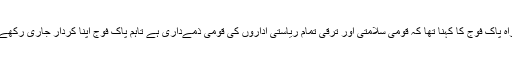
سربراہ پاک فوج کا کہنا تھا کہ قومی سلامتی اور ترقی تمام ریاستی اداروں کی قومی ذمےداری ہے تاہم پاک فوج اپنا کردار جاری رکھے گی۔